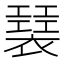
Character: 𧝣